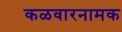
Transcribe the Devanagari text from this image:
कळवारनामक